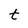
Character: t